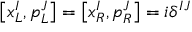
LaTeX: \left[ x _ { L } ^ { I } , p _ { L } ^ { J } \right] = \left[ x _ { R } ^ { I } , p _ { R } ^ { J } \right] = i \delta ^ { I J }